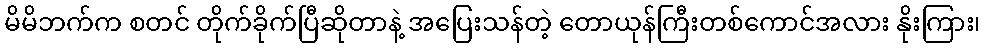
မိမိဘက်က စတင် တိုက်ခိုက်ပြီဆိုတာနဲ့ အပြေးသန်တဲ့ တောယုန်ကြီးတစ်ကောင်အလား နိုးကြား၊